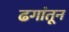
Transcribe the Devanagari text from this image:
ढगांतून